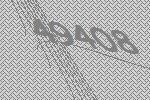
49408